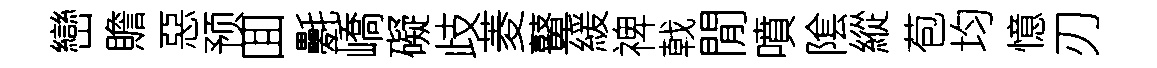
巒贍惡预囬氎嶠礙歧菱鼙緩禆戟閒噴隂縱苞均憶刃